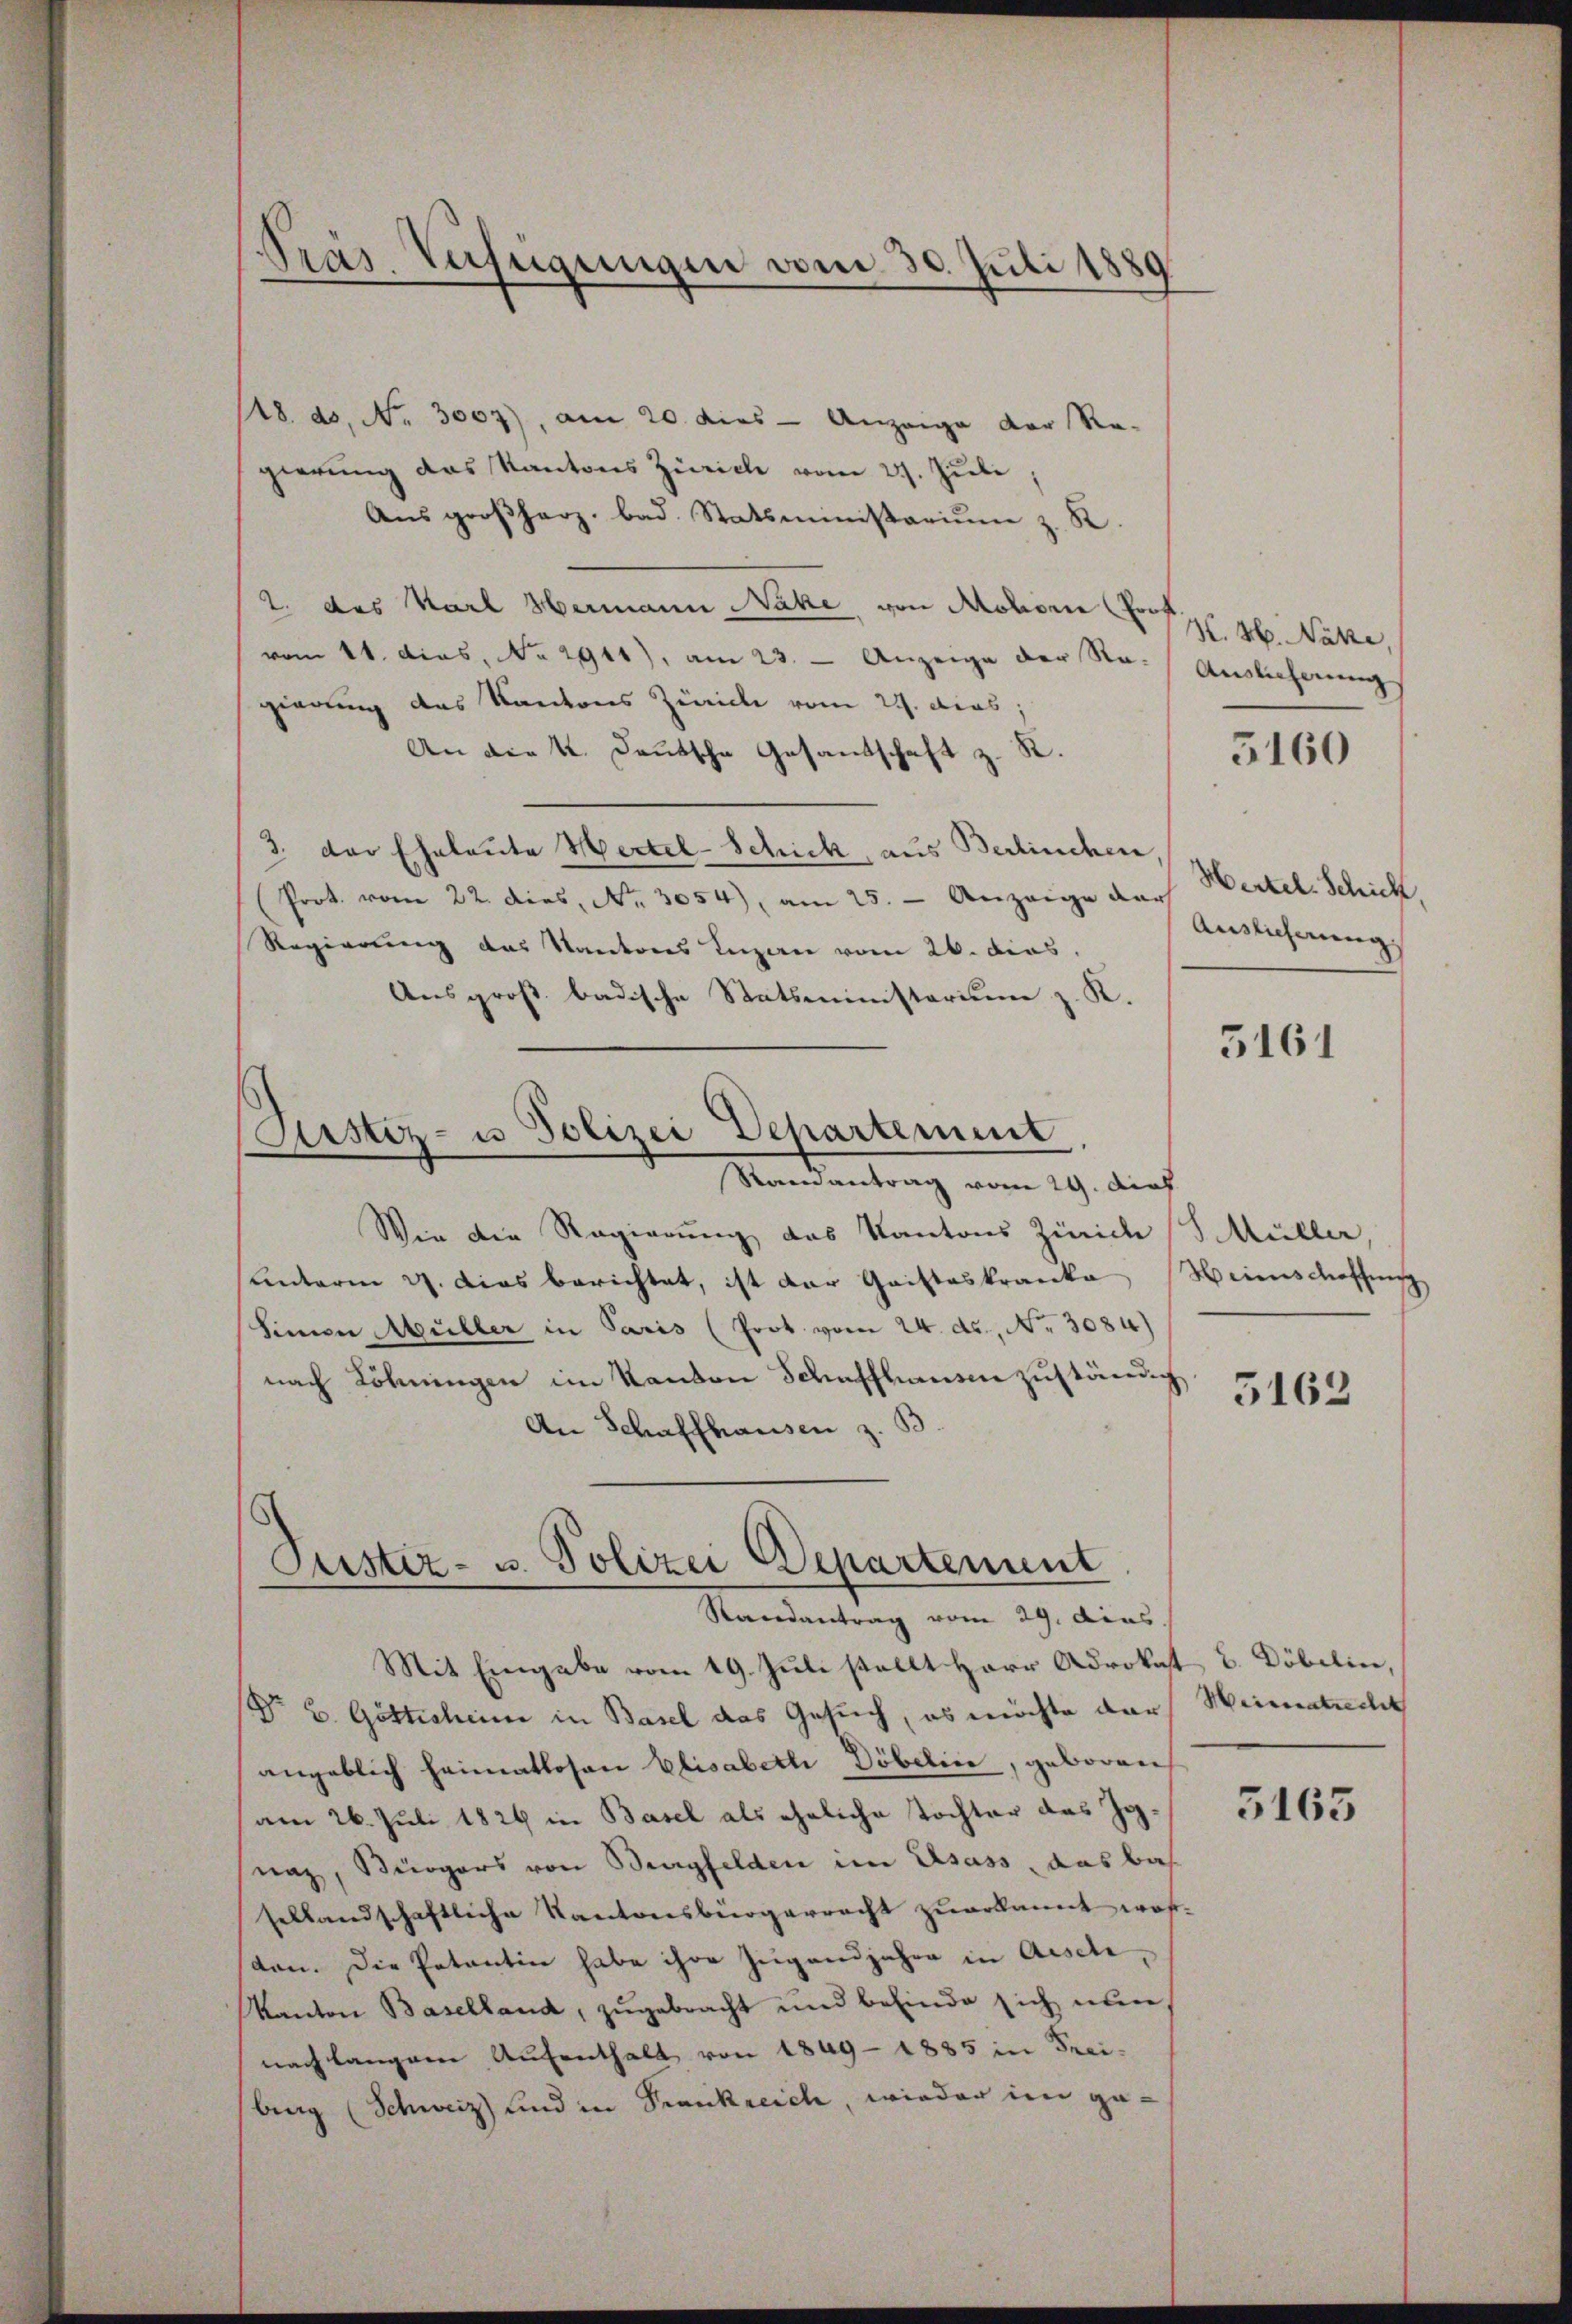
18. ds. No. 3007), am 20. dies - Anzeige der Re-
gierung das Kantons Zürich vom 27. Juli,
Aus großherz bad. Statsministarium z. R.
2. das Karl Hermann Nähe, von Mohorn (Prof
vom 11. dies. No. 2911), am 23. - Anzeige der Re-
gierung des Kantons Zürich vom 22. dies;
An die K. Deutsche Gesandschaft z. R.
3. der Eheleute Hertel-Schick, aus Berlinchen
Prot. vom 22. dies, No. 3054), am 25. - Anzeige darf Wertel Schich
Regierung des Kantons Luzern vom 26. dies,
Ausgroß badische Statsministorium z. K.
Justiz- u Polizei Departement
Randantrag vom 29. dies
Wie die Regierung des Kantons Zürich (S Müller,
unterm 27. Das berichtet, ist der Gristeskranke
Simon Müller in Paris (Prot. vom 24. ds., Nr. 3084)
nach Löhnungen im Kanton Schaffhausen zuständig
An Schaffhausen z. B.

.
pras Verfügungen vom 30. Juli 1889

Puster- u. Polizei Departement
Randantrag vom 29. dies

Mit Eingabe vom 19. Juli stellt Herr Adrokat C. Döbelin,
r B. Göttichen in Basel das Gesuch, es möchte darangeblich heimatlosen Elisabeth Döbelin, geboren
am 26. Juli 1824 in Basel als eheliche Tochter das Jgnaz, Bürgers von Bergfelden im Elsass, das bas
sellandschaftliche Kantonsbürgerracht zuerkannt worten. Die Petentin habe ihre Zugandjahre in Aeschi¬
Kanton Baselland, zugebracht und befinde sich nun,
nach langem Aufenthalt von 1849 - 1885 in Frei-
burg (Schweiz) und in Frankreich, wieder im ge¬

H. H. Näke,
Auslieferung

5160

Auslicherung

5161

Hrinschaffen

5163

Heimatrecht

5165